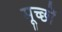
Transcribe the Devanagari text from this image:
मूच्छों